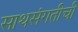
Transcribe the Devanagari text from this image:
साथसंगतीची